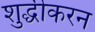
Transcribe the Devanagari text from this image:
शुद्धीकरन